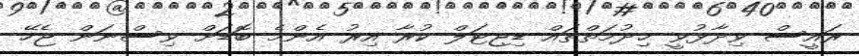
ރައީސް ވިދާޅުވީ ޚިދުމަތްތައް ޑިޖިޓަލް ކުރާ އިރު އެންމެ ބޮޑަށް ވިސްނަން ޖެހޭ